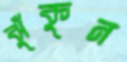
ঝুঁকুন